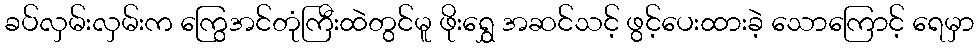
ခပ်လှမ်းလှမ်းက ကြွေအင်တုံကြီးထဲတွင်မူ ဖိုးရွှေ အဆင်သင့် ဖွင့်ပေးထားခဲ့ သောကြောင့် ရေမှာ